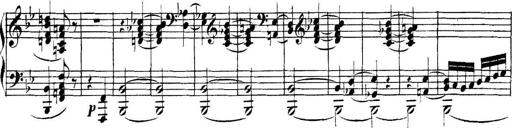
Title: Collected Piano Sonatas
Composer: Muzio Clementi